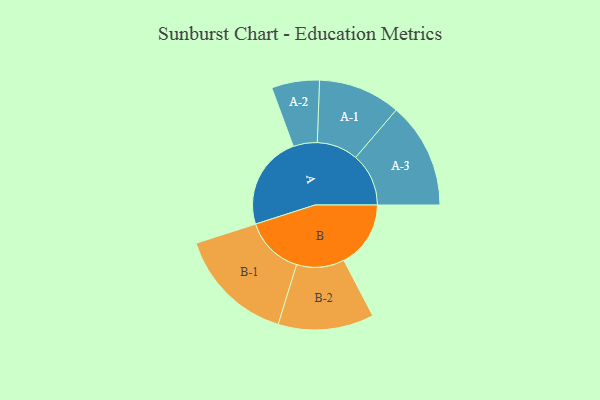
{"axis": {"x": "Segment", "y": "Value"}, "legend": ["", "A", "B"], "data": [{"x": "A", "y": 474, "type": ""}, {"x": "B", "y": 338, "type": ""}, {"x": "A-1", "y": 208, "type": "A"}, {"x": "A-2", "y": 121, "type": "A"}, {"x": "A-3", "y": 268, "type": "A"}, {"x": "B-1", "y": 298, "type": "B"}, {"x": "B-2", "y": 242, "type": "B"}]}